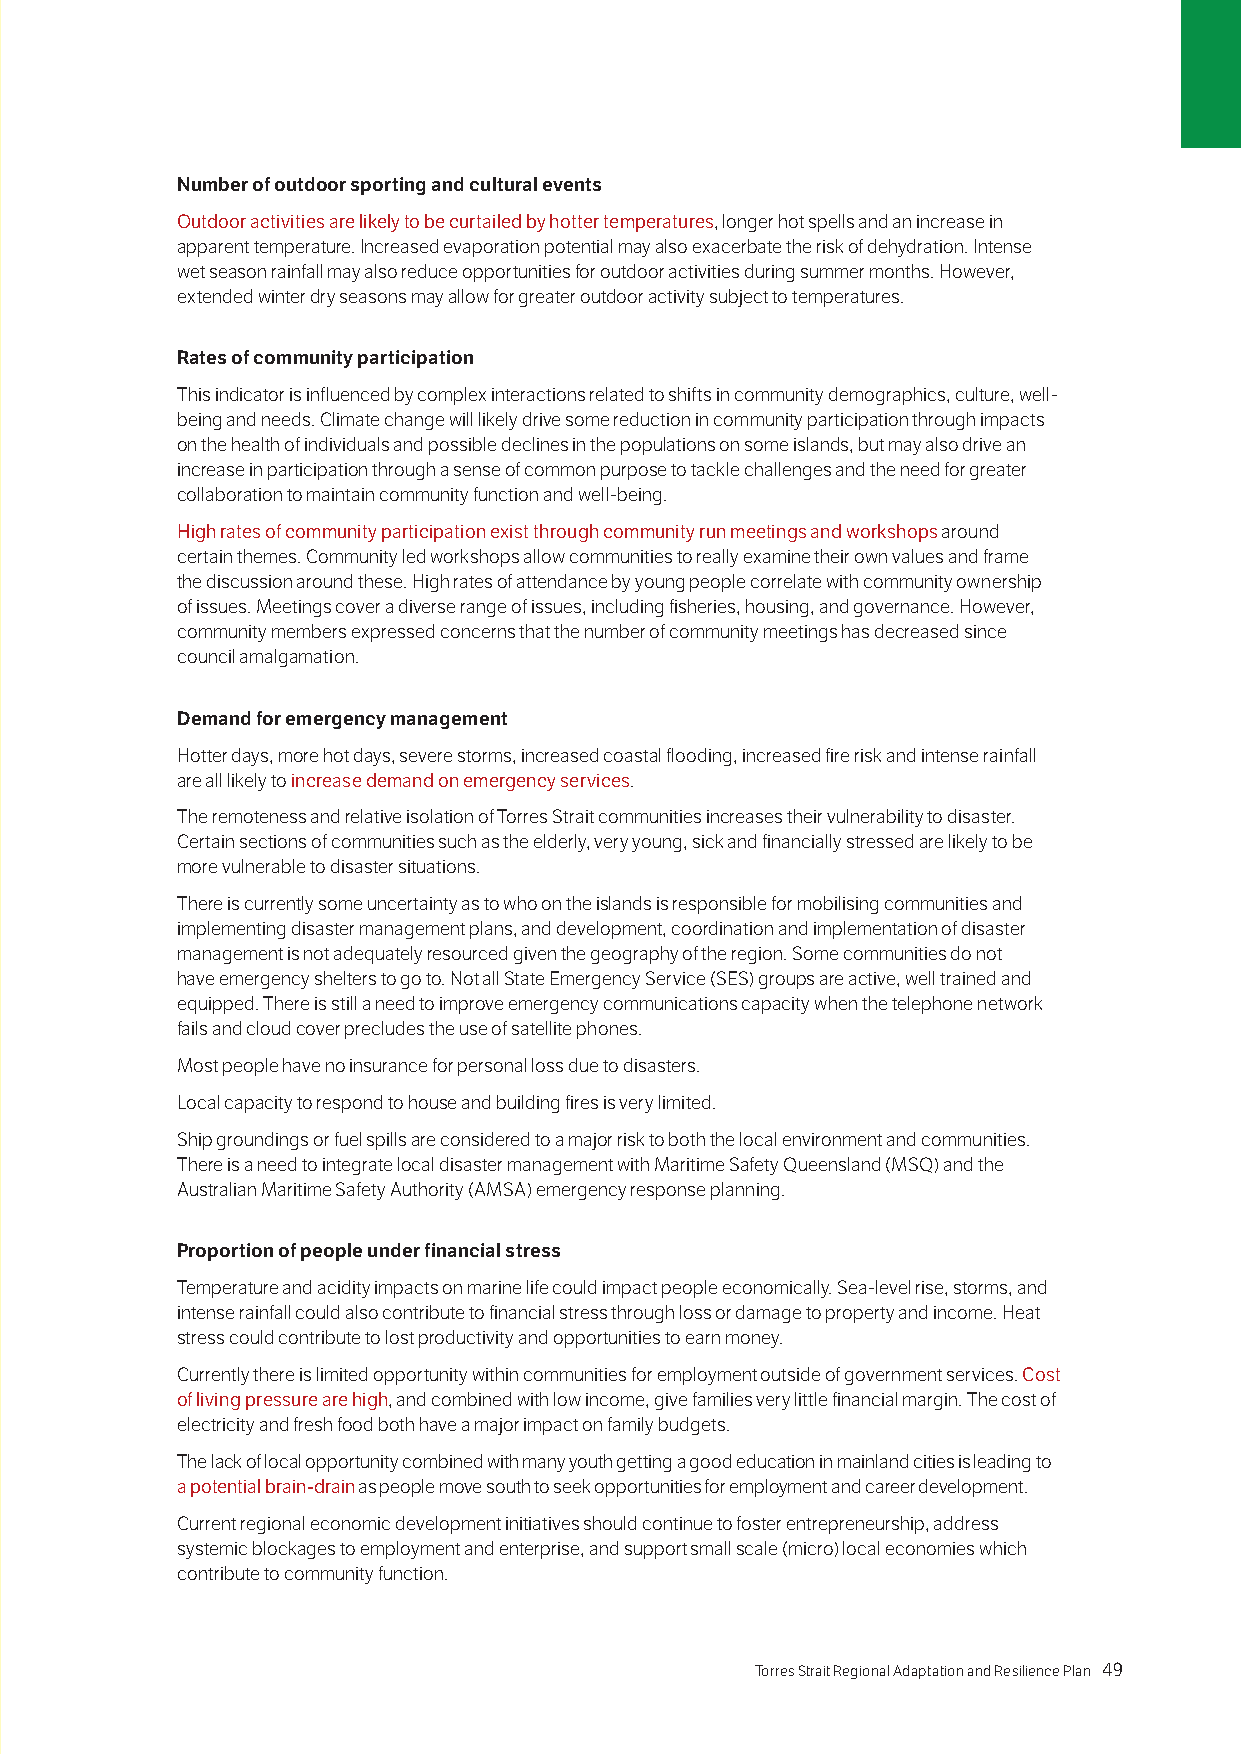
Number of outdoor sporting and cultural events
 Outdoor activities are likely to be curtailed by hotter temperatures, longer hot spells and an increase in
 apparent temperature. Increased evaporation potential may also exacerbate the risk of dehydration. Intense
 wet season rainfall may also reduce opportunities for outdoor activities during summer months. However,
 extended winter dry seasons may allow for greater outdoor activity subject to temperatures.
 Rates of community participation
 This indicator is influenced by complex interactions related to shifts in community demographics, culture, well-
 being and needs. Climate change will likely drive some reduction in community participation through impacts
 on the health of individuals and possible declines in the populations on some islands, but may also drive an
 increase in participation through a sense of common purpose to tackle challenges and the need for greater
 collaboration to maintain community function and well-being.
 High rates of community participation exist through community run meetings and workshops around
 certain themes. Community led workshops allow communities to really examine their own values and frame
 the discussion around these. High rates of attendance by young people correlate with community ownership
 of issues. Meetings cover a diverse range of issues, including fisheries, housing, and governance. However,
 community members expressed concerns that the number of community meetings has decreased since
 council amalgamation.
 Demand for emergency management
 Hotter days, more hot days, severe storms, increased coastal flooding, increased fire risk and intense rainfall
 are all likely to increase demand on emergency services.
 The remoteness and relative isolation of Torres Strait communities increases their vulnerability to disaster.
 Certain sections of communities such as the elderly, very young, sick and financially stressed are likely to be
 more vulnerable to disaster situations.
 There is currently some uncertainty as to who on the islands is responsible for mobilising communities and
 implementing disaster management plans, and development, coordination and implementation of disaster
 management is not adequately resourced given the geography of the region. Some communities do not
 have emergency shelters to go to. Not all State Emergency Service (SES) groups are active, well trained and
 equipped. There is still a need to improve emergency communications capacity when the telephone network
 fails and cloud cover precludes the use of satellite phones.
 Most people have no insurance for personal loss due to disasters.
 Local capacity to respond to house and building fires is very limited.
 Ship groundings or fuel spills are considered to a major risk to both the local environment and communities.
 There is a need to integrate local disaster management with Maritime Safety Queensland (MSQ) and the
 Australian Maritime Safety Authority (AMSA) emergency response planning.
 Proportion of people under financial stress
 Temperature and acidity impacts on marine life could impact people economically. Sea-level rise, storms, and
 intense rainfall could also contribute to financial stress through loss or damage to property and income. Heat
 stress could contribute to lost productivity and opportunities to earn money.
 Currently there is limited opportunity within communities for employment outside of government services. Cost
 of living pressure are high, and combined with low income, give families very little financial margin. The cost of
 electricity and fresh food both have a major impact on family budgets.
 The lack of local opportunity combined with many youth getting a good education in mainland cities is leading to
 a potential brain-drain as people move south to seek opportunities for employment and career development.
 Current regional economic development initiatives should continue to foster entrepreneurship, address
 systemic blockages to employment and enterprise, and support small scale (micro) local economies which
 contribute to community function.
 48 Torres Strait Regional Adaptation and Resilience Plan Torres Strait Regional Adaptation and Resilience Plan 49